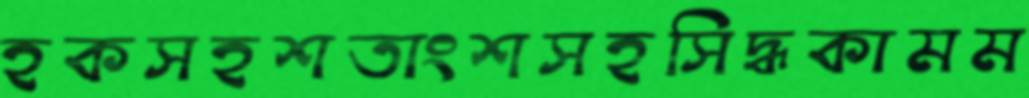
হকসহশতাংশসহসিদ্ধকামম